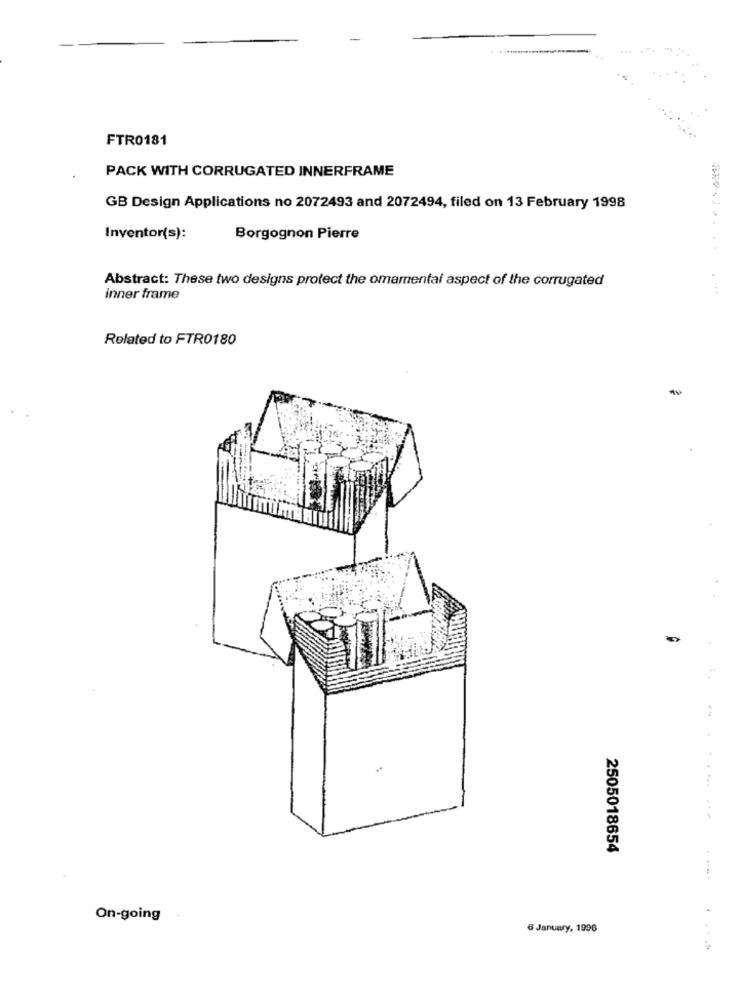
FTR0181
PACK WITH CORRUGATED INNERFRAME
GB Design Applications no 2072493 and 2072494, filed on 13 February 1998
Inventor(s):
Borgognon Pierre
Abstract: These two designs protect the omamental aspect of the corrugated
inner frame
Related to FTR0180
2505018654
On-going
6 January, 1996
....